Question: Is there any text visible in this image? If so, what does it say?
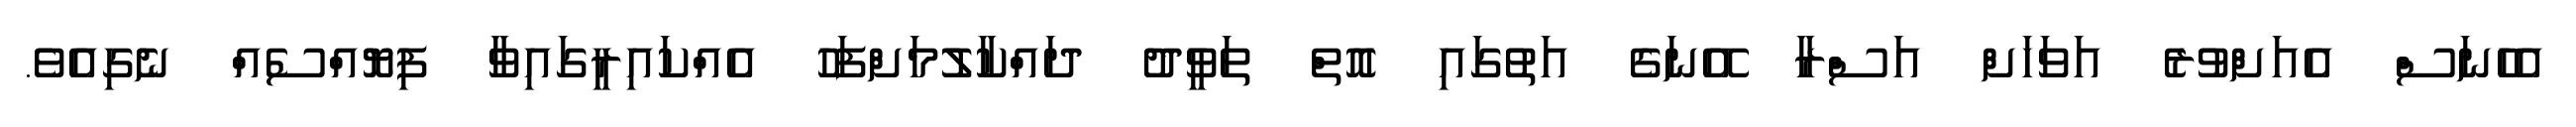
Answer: އެހެނަސް އެއަށްވުރެ އަވަހަށް އަސްރާ އޭނަގެ އަތުގައި އޮތް ތަވީދު ދައްކާލުމަށްފަހު އެއްކައިރީގައިވާ ފިޔޮއްސެއް ނެގިއެވެ.